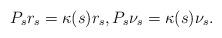
LaTeX: \begin{align*}P_s r_s=\kappa(s)r_s, P_s\nu_{s}=\kappa(s)\nu_{s}.\end{align*}